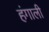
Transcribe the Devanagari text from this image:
हंगाली